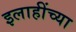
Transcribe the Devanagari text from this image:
इलाहींच्या